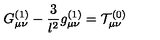
G _ { \mu \nu } ^ { ( 1 ) } - \frac 3 { l ^ { 2 } } g _ { \mu \nu } ^ { ( 1 ) } = \mathcal { T } _ { \mu \nu } ^ { ( 0 ) }